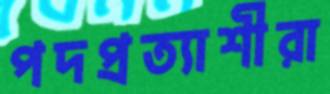
পদপ্রত্যাশীরা